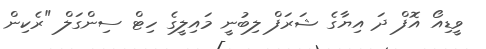
ވީޑިއޯ އޮފް ދަ އިޔާގެ ޝަރަފް ލިބުނީ މައިލީގެ ހިޓް ސިންގަލް "ރެކިން